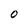
Character: O